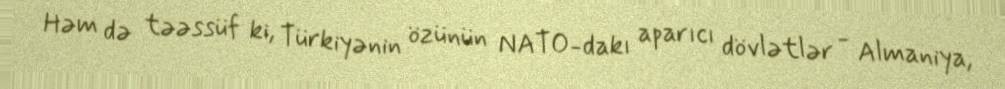
Həm də təəssüf ki, Türkiyənin özünün NATO-dakı aparıcı dövlətlər - Almaniya,